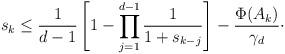
LaTeX: \begin{align*}s_k \leq \frac{1}{d - 1}\left[1 - \prod_{j = 1}^{d - 1}\frac{1}{1 + s_{k - j}}\right] - \frac{\Phi(A_k)}{\gamma_d}\cdot\end{align*}